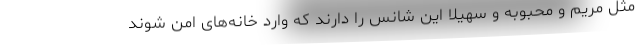
مثل مریم و محبوبه و سهیلا این شانس را دارند که وارد خانه‌های امن شوند